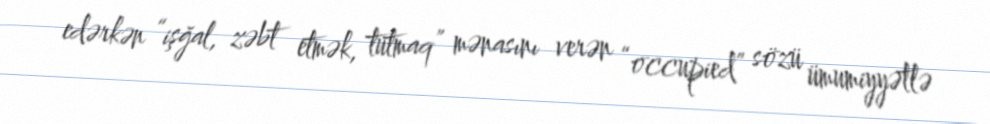
edərkən “işğal, zəbt etmək, tutmaq” mənasını verən “occupied” sözü ümumiyyətlə